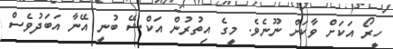
ހީރޯ އަކަށް ވާކަށް ނޫނެވެ. މީގެ އިތުރުން އަކްޝޭ ބުނީ އޭނާ އަބަދުވެސް